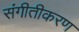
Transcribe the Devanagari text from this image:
संगीतीकरण